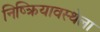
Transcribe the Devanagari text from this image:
निष्क्रियावस्थेला